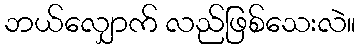
ဘယ်လျှောက် လည်ဖြစ်သေးလဲ။